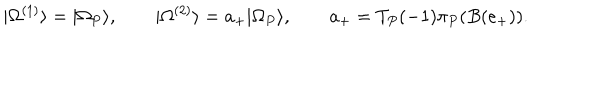
| \Omega ^ { ( 1 ) } \rangle = | \Omega _ { P } \rangle , \qquad | \Omega ^ { ( 2 ) } \rangle = a _ { + } | \Omega _ { P } \rangle , \qquad a _ { + } = T _ { P } ( - 1 ) \pi _ { P } ( B ( e _ { + } ) ) .